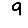
Digit: 9